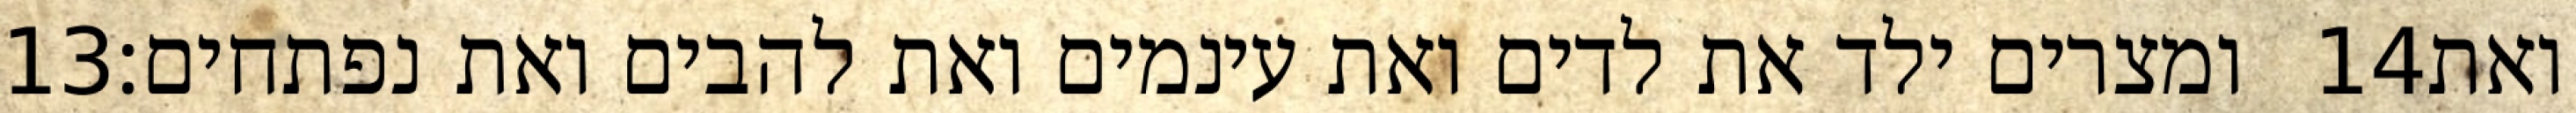
‎13‏ ומצרים ילד את לדים ואת עינמים ואת להבים ואת נפתחים׃ ‎14‏ ואת